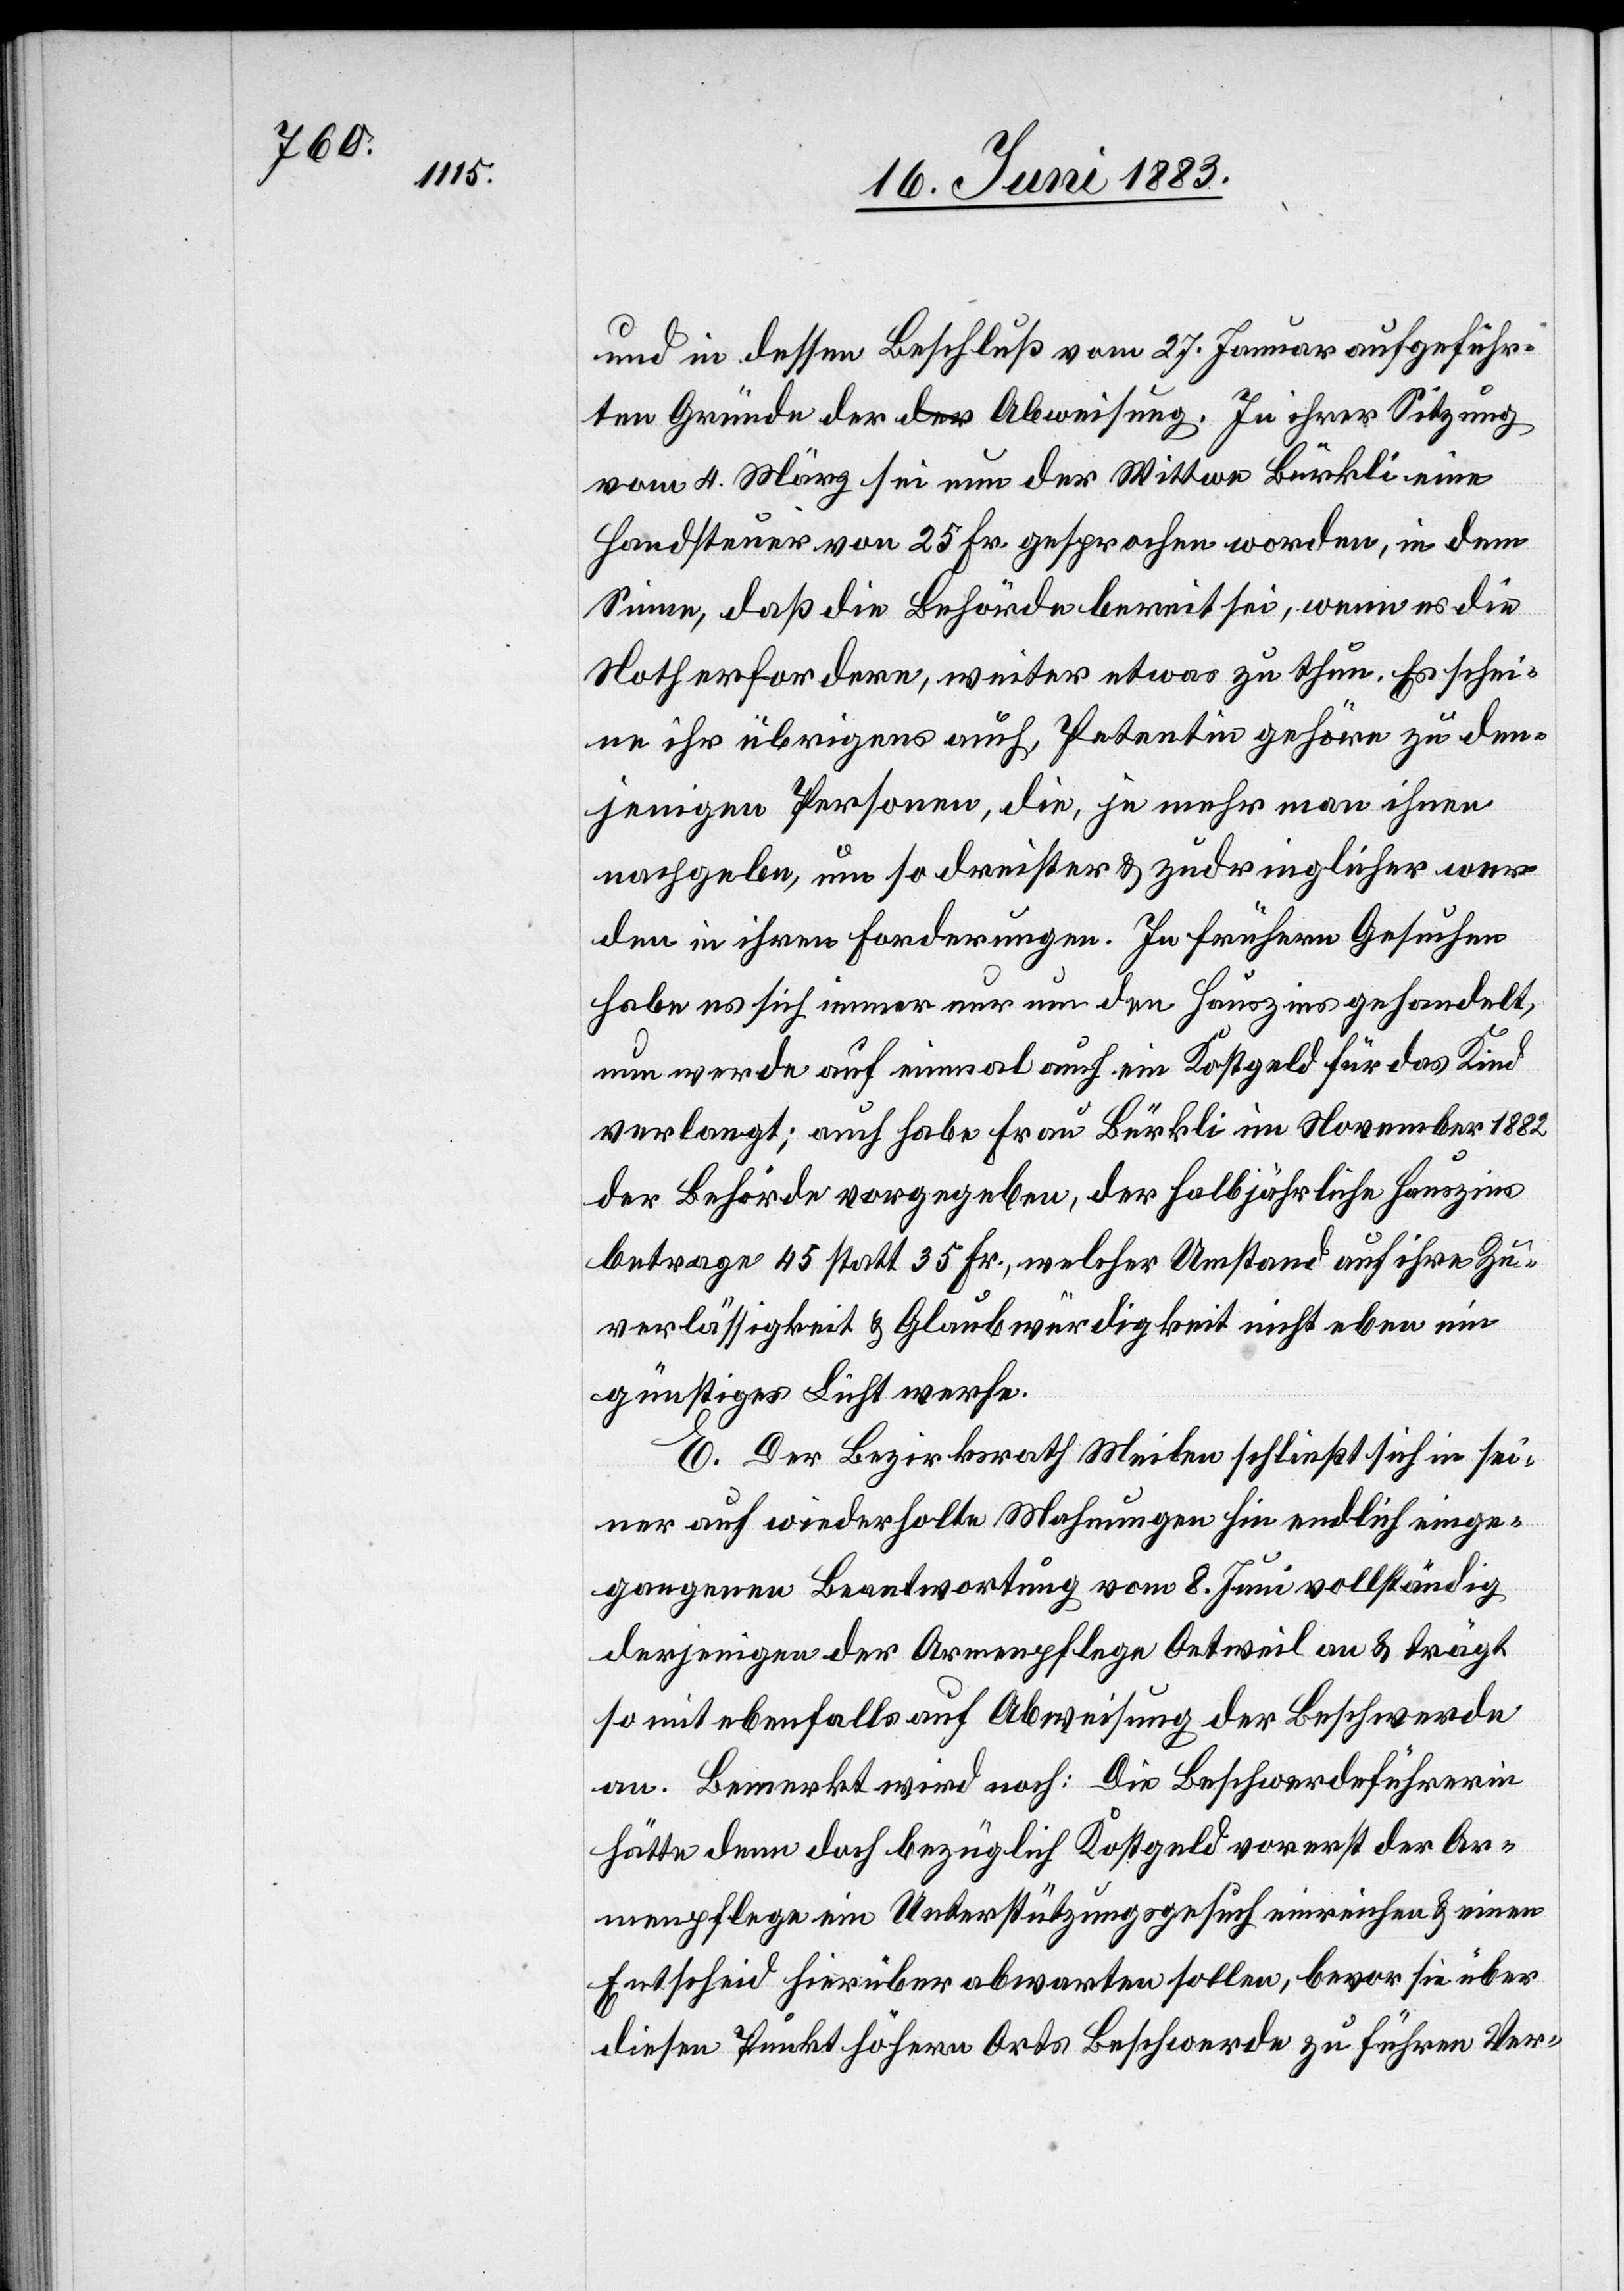
und in dessen Beschluß vom 27. Januar aufgeführ¬
ten Gründe der Abweisung. In ihrer Sitzung
vom 4. März sei nun der Wittwe Bürkli eine
Handsteuer von 25. Fr. gesprochen worden, in dem
Sinne, daß die Behörde bereit sei, wenn es die
Noth erfordere, weiter etwas zu thun. Es schei¬
ne ihr übrigens auch, Petentin gehöre zu den¬
jenigen Personen, die, je mehr man ihnen
nachgeben, um so dreister & zudringlicher wer¬
den in ihren Forderungen. In frühern Gesuchen
habe es sich immer nur um den Hauszins gehandelt,
nun werde auf einmal auch ein Kostgeld für das Kind
verlangt; auch habe Frau Bürkli im November 1882
der Behörde vorgegeben, der halbjährliche Hauszins
betrage 45 statt 35 Fr., welcher Umstand auf ihre Zu¬
verlässigkeit & Glaubwürdigkeit nicht eben ein
günstiges Licht werfe.
E. Der Bezirksrath Meilen schließt sich in sei¬
ner auf widerholte Mahnungen hin endlich einge¬
gangene Beantwortung vom 8. Juni vollständig
derjenigen der Armenpflege Oetweil an & trägt
somit ebenfalls auf Abweisung der Beschwerde
an. Bemerkt wird noch: Die Beschwerdeführerin
hätte denn doch bezüglich Kostgeld vorerst der Ar¬
menpflege ein Unterstützungsgesuch einreichen & einen
Entscheid hierüber abwarten sollen, bevor sie über
diesen Punkt höhern Orts Beschwerde zu führen Ver-